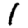
Digit: 1